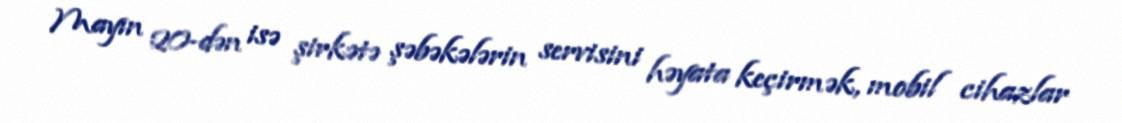
Mayın 20-dən isə şirkətə şəbəkələrin servisini həyata keçirmək, mobil cihazlar